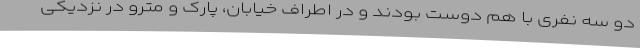
دو سه نفری با هم دوست بودند و در اطراف خیابان، پارک و مترو در نزدیکی